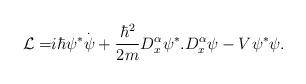
LaTeX: \begin{align*}\mathcal{L=}i\hbar\psi^{*}\overset{.}{\psi}+\frac{\hbar^{2}}{2m}D_{x}^{\alpha}\psi^{*}.D_{x}^{\alpha}\psi-V\psi^{*}\psi.\end{align*}